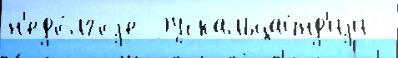
н'едо́лгоjе Эускальцайнд'иjи